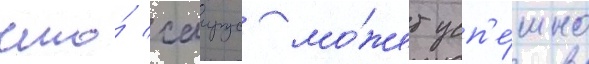
что́ саирус мо́жет усп'е́шно